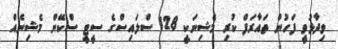
ވިދާޅުވީ ފަހުން ތައާރަފް ކުރި މެޝިނަކީ 128 ސްލައިސްގެ ސީޓީ ސްކޭން މެޝިނެއް